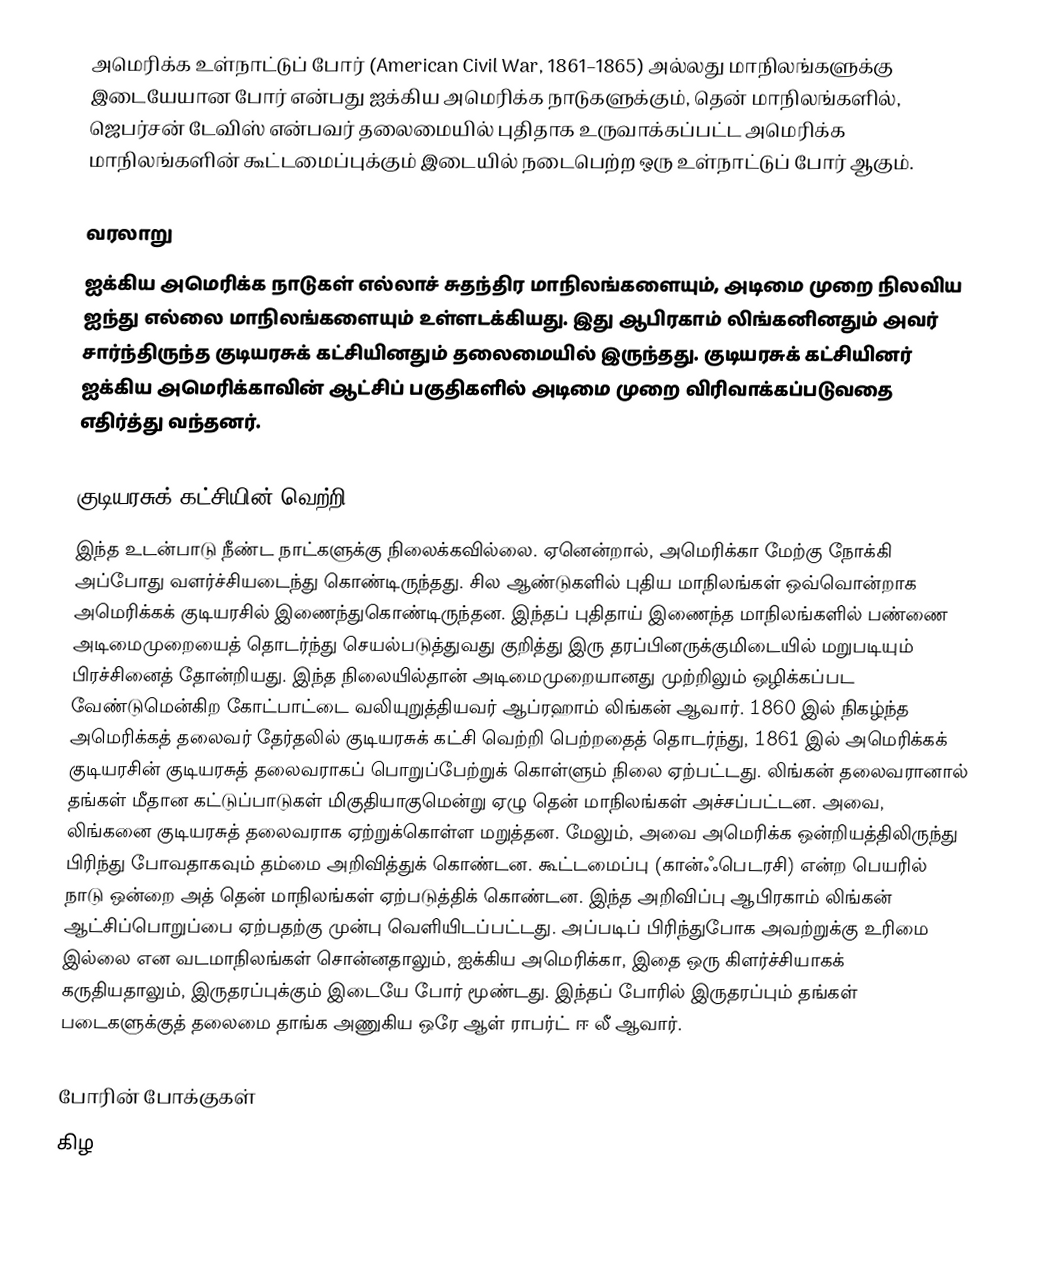
அமெரிக்க உள்நாட்டுப் போர் (American Civil War, 1861–1865) அல்லது மாநிலங்களுக்கு இடையேயான போர் என்பது ஐக்கிய அமெரிக்க நாடுகளுக்கும், தென் மாநிலங்களில், ஜெபர்சன் டேவிஸ் என்பவர் தலைமையில் புதிதாக உருவாக்கப்பட்ட அமெரிக்க மாநிலங்களின் கூட்டமைப்புக்கும் இடையில் நடைபெற்ற ஒரு உள்நாட்டுப் போர் ஆகும்.

வரலாறு
ஐக்கிய அமெரிக்க நாடுகள் எல்லாச் சுதந்திர மாநிலங்களையும், அடிமை முறை நிலவிய ஐந்து எல்லை மாநிலங்களையும் உள்ளடக்கியது. இது ஆபிரகாம் லிங்கனினதும் அவர் சார்ந்திருந்த குடியரசுக் கட்சியினதும் தலைமையில் இருந்தது. குடியரசுக் கட்சியினர் ஐக்கிய அமெரிக்காவின் ஆட்சிப் பகுதிகளில் அடிமை முறை விரிவாக்கப்படுவதை எதிர்த்து வந்தனர்.

குடியரசுக் கட்சியின் வெற்றி
இந்த உடன்பாடு நீண்ட நாட்களுக்கு நிலைக்கவில்லை. ஏனென்றால், அமெரிக்கா மேற்கு நோக்கி அப்போது வளர்ச்சியடைந்து கொண்டிருந்தது. சில ஆண்டுகளில் புதிய மாநிலங்கள் ஒவ்வொன்றாக அமெரிக்கக் குடியரசில் இணைந்துகொண்டிருந்தன. இந்தப் புதிதாய் இணைந்த  மாநிலங்களில் பண்ணை அடிமைமுறையைத் தொடர்ந்து செயல்படுத்துவது குறித்து  இரு தரப்பினருக்குமிடையில் மறுபடியும் பிரச்சினைத் தோன்றியது. இந்த நிலையில்தான் அடிமைமுறையானது முற்றிலும் ஒழிக்கப்பட வேண்டுமென்கிற கோட்பாட்டை வலியுறுத்தியவர் ஆப்ரஹாம் லிங்கன் ஆவார். 1860 இல் நிகழ்ந்த அமெரிக்கத் தலைவர் தேர்தலில் குடியரசுக் கட்சி வெற்றி பெற்றதைத் தொடர்ந்து, 1861 இல் அமெரிக்கக் குடியரசின் குடியரசுத் தலைவராகப் பொறுப்பேற்றுக் கொள்ளும் நிலை ஏற்பட்டது. லிங்கன் தலைவரானால் தங்கள் மீதான கட்டுப்பாடுகள் மிகுதியாகுமென்று ஏழு தென் மாநிலங்கள் அச்சப்பட்டன. அவை, லிங்கனை குடியரசுத் தலைவராக ஏற்றுக்கொள்ள மறுத்தன. மேலும், அவை அமெரிக்க ஒன்றியத்திலிருந்து பிரிந்து போவதாகவும் தம்மை அறிவித்துக் கொண்டன. கூட்டமைப்பு (கான்ஃபெடரசி) என்ற பெயரில் நாடு ஒன்றை அத் தென் மாநிலங்கள்  ஏற்படுத்திக் கொண்டன. இந்த அறிவிப்பு ஆபிரகாம் லிங்கன் ஆட்சிப்பொறுப்பை ஏற்பதற்கு முன்பு வெளியிடப்பட்டது. அப்படிப் பிரிந்துபோக அவற்றுக்கு உரிமை இல்லை என வடமாநிலங்கள் சொன்னதாலும், ஐக்கிய அமெரிக்கா, இதை ஒரு கிளர்ச்சியாகக் கருதியதாலும், இருதரப்புக்கும் இடையே போர் மூண்டது. இந்தப் போரில் இருதரப்பும் தங்கள் படைகளுக்குத் தலைமை தாங்க அணுகிய ஒரே ஆள் ராபர்ட் ஈ லீ ஆவார்.

போரின் போக்குகள்
கிழ